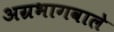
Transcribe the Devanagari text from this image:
अग्रभागवाले